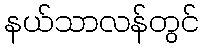
နယ်သာလန်တွင်